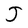
Character: J